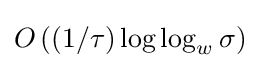
O\left((1/\tau )\log \log _{w}\sigma \right)